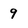
Character: 9